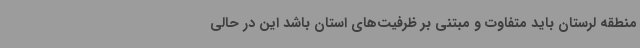
منطقه لرستان باید متفاوت و مبتنی بر ظرفیت‌های استان باشد این در حالی